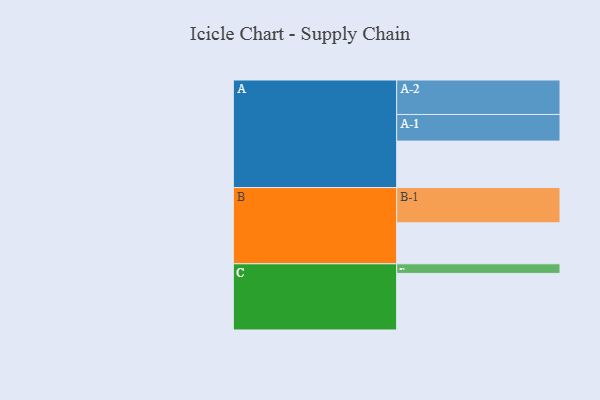
{"axis": {"x": "Segment", "y": "Value"}, "legend": ["", "A", "B", "C"], "data": [{"x": "A", "y": 372, "type": ""}, {"x": "B", "y": 328, "type": ""}, {"x": "C", "y": 453, "type": ""}, {"x": "A-1", "y": 213, "type": "A"}, {"x": "A-2", "y": 276, "type": "A"}, {"x": "B-1", "y": 282, "type": "B"}, {"x": "C-1", "y": 77, "type": "C"}]}